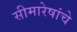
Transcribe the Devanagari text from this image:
सीमारेषांचे